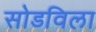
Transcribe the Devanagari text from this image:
सोडविला